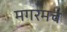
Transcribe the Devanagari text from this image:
मगरमच